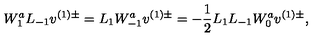
W _ { 1 } ^ { a } L _ { - 1 } v ^ { ( 1 ) \pm } = L _ { 1 } W _ { - 1 } ^ { a } v ^ { ( 1 ) \pm } = - \frac { 1 } { 2 } L _ { 1 } L _ { - 1 } W _ { 0 } ^ { a } v ^ { ( 1 ) \pm } ,